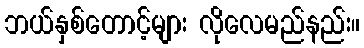
ဘယ်နှစ်တောင့်များ လိုလေမည်နည်း။